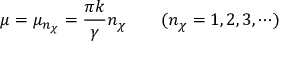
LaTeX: \mu = \mu _ { n _ { \chi } } = \frac { \pi k } { \gamma } n _ { \chi } ~ ~ ~ ~ ~ ~ ( n _ { \chi } = 1 , 2 , 3 , \cdots )